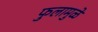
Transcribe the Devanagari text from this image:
फुलामुळे